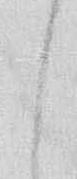
し